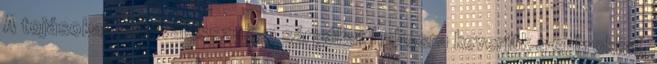
A tojásokat szétválasszuk, a sárgákat habosra keverjük a cukrokkal,